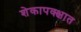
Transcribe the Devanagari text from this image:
शेकापक्क्षात